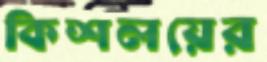
কিশলয়ের